Report of the Imperial Institute of Veterinary Research, Muktesar
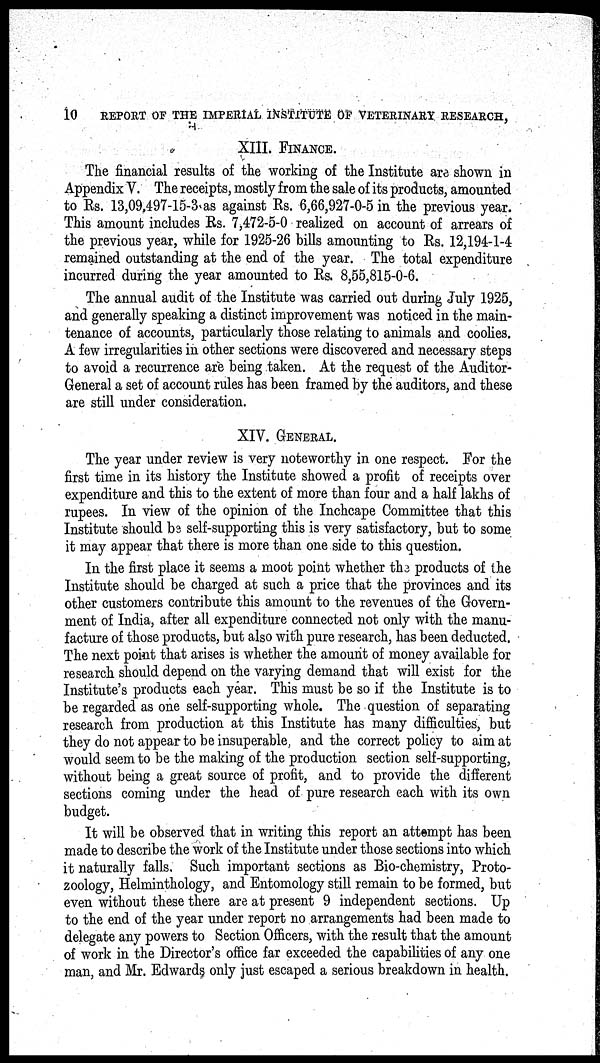
10
REPORT OF THE IMPERIAL INSTITUTE OF VETERINARY RESEARCH,
XIII. FINANCE.
The financial results of the working of the Institute are shown in
Appendix V. The receipts, mostly from the sale of its products, amounted
to Rs. 13,09,497-15-3 as against Rs. 6,66,927-0-5 in the previous year.
This amount includes Rs. 7,472-5-0 realized on account of arrears of
the previous year, while for 1925-26 bills amounting to Rs. 12,194-1-4
remained outstanding at the end of the year. The total expenditure
incurred during the year amounted to Rs. 8,55,815-0-6.
The annual audit of the Institute was carried out during July 1925,
and generally speaking a distinct improvement was noticed in the main-
tenance of accounts, particularly those relating to animals and coolies.
A few irregularities in other sections were discovered and necessary steps
to avoid a recurrence are being taken. At the request of the Auditor-
General a set of account rules has been framed by the auditors, and these
are still under consideration.
XIV.GENERAL.
The year under review is very noteworthy in one respect. For the
first time in its history the Institute showed a profit of receipts over
expenditure and this to the extent of more than four and a half lakhs of
rupees. In view of the opinion of the Inchcape Committee that this
Institute should be self-supporting this is very satisfactory, but to some
it may appear that there is more than one side to this question.
In the first place it seems a moot point whether the products of the
Institute should be charged at such a price that the provinces and its
other customers contribute this amount to the revenues of the Govern-
ment of India, after all expenditure connected not only with the manu-
facture of those products, but also with pure research, has been deducted.
The next point that arises is whether the amount of money available for
research should depend on the varying demand that will exist for the
Institute's products each year. This must be so if the Institute is to
be regarded as one self-supporting whole. The question of separating
research from production at this Institute has many difficulties, but
they do not appear to be insuperable, and the correct policy to aim at
would seem to be the making of the production section self-supporting,
without being a great source of profit, and to provide the different
sections coming under the head of pure research each with its own
budget.
It will be observed that in writing this report an attempt has been
made to describe the work of the Institute under those sections into which
it naturally falls. Such important sections as Bio-chemistry, Proto-
zoology, Helminthology, and Entomology still remain to be formed, but
even without these there are at present 9 independent sections. Up
to the end of the year under report no arrangements had been made to
delegate any powers to Section Officers, with the result that the amount
of work in the Director's office far exceeded the capabilities of any one
man, and Mr. Edwards only just escaped a serious breakdown in health.